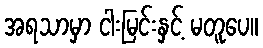
အရသာမှာ ငါးမြင်းနှင့် မတူပေ။